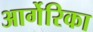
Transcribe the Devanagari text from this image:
आर्गेरिका